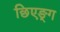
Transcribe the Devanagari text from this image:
छिएङ्ग